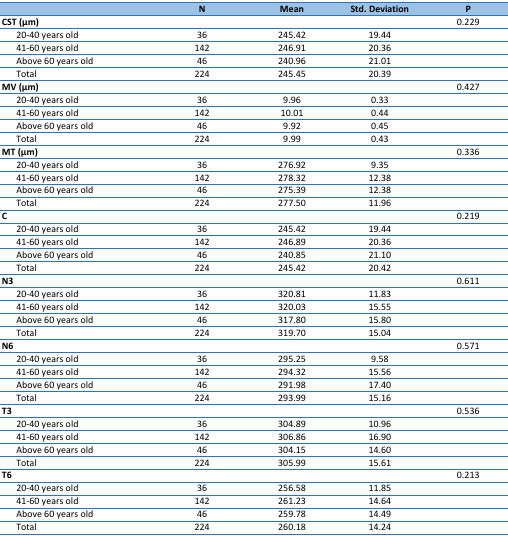
<table><thead><tr><td></td><td><b>N</b></td><td><b>Mean</b></td><td><b>Std. Deviation</b></td><td><b>P</b></td></tr></thead><tbody><tr><td><b>CST (μm)</b></td><td></td><td></td><td></td><td>0.229</td></tr><tr><td>20-40 years old</td><td>36</td><td>245.42</td><td>19.44</td><td></td></tr><tr><td>41-60 years old</td><td>142</td><td>246.91</td><td>20.36</td><td></td></tr><tr><td>Above 60 years old</td><td>46</td><td>240.96</td><td>21.01</td><td></td></tr><tr><td>Total</td><td>224</td><td>245.45</td><td>20.39</td><td></td></tr><tr><td><b>MV (μm)</b></td><td></td><td></td><td></td><td>0.427</td></tr><tr><td>20-40 years old</td><td>36</td><td>9.96</td><td>0.33</td><td></td></tr><tr><td>41-60 years old</td><td>142</td><td>10.01</td><td>0.44</td><td></td></tr><tr><td>Above 60 years old</td><td>46</td><td>9.92</td><td>0.45</td><td></td></tr><tr><td>Total</td><td>224</td><td>9.99</td><td>0.43</td><td></td></tr><tr><td><b>MT (μm)</b></td><td></td><td></td><td></td><td>0.336</td></tr><tr><td>20-40 years old</td><td>36</td><td>276.92</td><td>9.35</td><td></td></tr><tr><td>41-60 years old</td><td>142</td><td>278.32</td><td>12.38</td><td></td></tr><tr><td>Above 60 years old</td><td>46</td><td>275.39</td><td>12.38</td><td></td></tr><tr><td>Total</td><td>224</td><td>277.50</td><td>11.96</td><td></td></tr><tr><td><b>C</b></td><td></td><td></td><td></td><td>0.219</td></tr><tr><td>20-40 years old</td><td>36</td><td>245.42</td><td>19.44</td><td></td></tr><tr><td>41-60 years old</td><td>142</td><td>246.89</td><td>20.36</td><td></td></tr><tr><td>Above 60 years old</td><td>46</td><td>240.85</td><td>21.10</td><td></td></tr><tr><td>Total</td><td>224</td><td>245.42</td><td>20.42</td><td></td></tr><tr><td><b>N3</b></td><td></td><td></td><td></td><td>0.611</td></tr><tr><td>20-40 years old</td><td>36</td><td>320.81</td><td>11.83</td><td></td></tr><tr><td>41-60 years old</td><td>142</td><td>320.03</td><td>15.55</td><td></td></tr><tr><td>Above 60 years old</td><td>46</td><td>317.80</td><td>15.80</td><td></td></tr><tr><td>Total</td><td>224</td><td>319.70</td><td>15.04</td><td></td></tr><tr><td><b>N6</b></td><td></td><td></td><td></td><td>0.571</td></tr><tr><td>20-40 years old</td><td>36</td><td>295.25</td><td>9.58</td><td></td></tr><tr><td>41-60 years old</td><td>142</td><td>294.32</td><td>15.56</td><td></td></tr><tr><td>Above 60 years old</td><td>46</td><td>291.98</td><td>17.40</td><td></td></tr><tr><td>Total</td><td>224</td><td>293.99</td><td>15.16</td><td></td></tr><tr><td><b>T3</b></td><td></td><td></td><td></td><td>0.536</td></tr><tr><td>20-40 years old</td><td>36</td><td>304.89</td><td>10.96</td><td></td></tr><tr><td>41-60 years old</td><td>142</td><td>306.86</td><td>16.90</td><td></td></tr><tr><td>Above 60 years old</td><td>46</td><td>304.15</td><td>14.60</td><td></td></tr><tr><td>Total</td><td>224</td><td>305.99</td><td>15.61</td><td></td></tr><tr><td><b>T6</b></td><td></td><td></td><td></td><td>0.213</td></tr><tr><td>20-40 years old</td><td>36</td><td>256.58</td><td>11.85</td><td></td></tr><tr><td>41-60 years old</td><td>142</td><td>261.23</td><td>14.64</td><td></td></tr><tr><td>Above 60 years old</td><td>46</td><td>259.78</td><td>14.49</td><td></td></tr><tr><td>Total</td><td>224</td><td>260.18</td><td>14.24</td><td></td></tr></tbody></table>